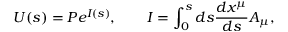
U ( s ) = P e ^ { I ( s ) } , \qquad I = \int _ { 0 } ^ { s } d s \frac { d x ^ { \mu } } { d s } A _ { \mu } ,